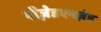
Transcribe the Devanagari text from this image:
पीज़ेडएनज़ेड